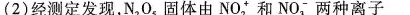
(2)经测定发现，N_{2}O_{5}，固体由NO_{2}^和NO_{3}^-两种离子